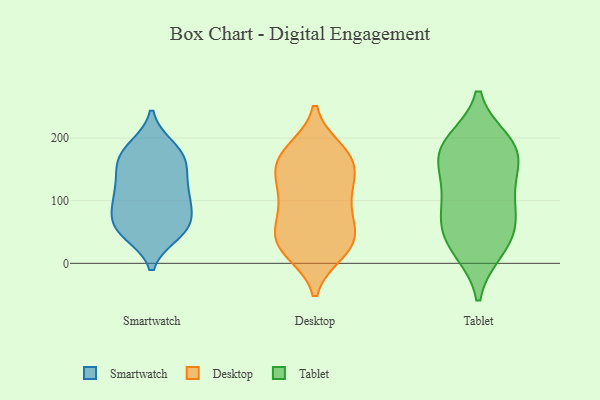
{"axis": {"x": "Satisfaction Score", "y": "Value"}, "legend": ["Desktop", "Smartwatch", "Tablet"], "data": [{"x": "", "y": 123, "type": "Smartwatch"}, {"x": "", "y": 84, "type": "Smartwatch"}, {"x": "", "y": 106, "type": "Smartwatch"}, {"x": "", "y": 186, "type": "Smartwatch"}, {"x": "", "y": 69, "type": "Smartwatch"}, {"x": "", "y": 54, "type": "Smartwatch"}, {"x": "", "y": 62, "type": "Smartwatch"}, {"x": "", "y": 185, "type": "Smartwatch"}, {"x": "", "y": 167, "type": "Smartwatch"}, {"x": "", "y": 48, "type": "Smartwatch"}, {"x": "", "y": 157, "type": "Smartwatch"}, {"x": "", "y": 95, "type": "Smartwatch"}, {"x": "", "y": 155, "type": "Smartwatch"}, {"x": "", "y": 104, "type": "Smartwatch"}, {"x": "", "y": 176, "type": "Smartwatch"}, {"x": "", "y": 55, "type": "Smartwatch"}, {"x": "", "y": 47, "type": "Smartwatch"}, {"x": "", "y": 142, "type": "Smartwatch"}, {"x": "", "y": 116, "type": "Smartwatch"}, {"x": "", "y": 32, "type": "Desktop"}, {"x": "", "y": 158, "type": "Desktop"}, {"x": "", "y": 180, "type": "Desktop"}, {"x": "", "y": 72, "type": "Desktop"}, {"x": "", "y": 21, "type": "Desktop"}, {"x": "", "y": 45, "type": "Desktop"}, {"x": "", "y": 99, "type": "Desktop"}, {"x": "", "y": 170, "type": "Desktop"}, {"x": "", "y": 85, "type": "Desktop"}, {"x": "", "y": 41, "type": "Desktop"}, {"x": "", "y": 139, "type": "Desktop"}, {"x": "", "y": 19, "type": "Desktop"}, {"x": "", "y": 177, "type": "Desktop"}, {"x": "", "y": 110, "type": "Desktop"}, {"x": "", "y": 160, "type": "Desktop"}, {"x": "", "y": 34, "type": "Desktop"}, {"x": "", "y": 131, "type": "Desktop"}, {"x": "", "y": 123, "type": "Tablet"}, {"x": "", "y": 58, "type": "Tablet"}, {"x": "", "y": 193, "type": "Tablet"}, {"x": "", "y": 22, "type": "Tablet"}, {"x": "", "y": 183, "type": "Tablet"}, {"x": "", "y": 98, "type": "Tablet"}, {"x": "", "y": 56, "type": "Tablet"}, {"x": "", "y": 22, "type": "Tablet"}, {"x": "", "y": 169, "type": "Tablet"}, {"x": "", "y": 181, "type": "Tablet"}, {"x": "", "y": 67, "type": "Tablet"}, {"x": "", "y": 182, "type": "Tablet"}, {"x": "", "y": 123, "type": "Tablet"}]}